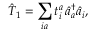
\hat { T } _ { 1 } = \sum _ { i a } t _ { i } ^ { a } \, \hat { a } _ { a } ^ { \dagger } \hat { a } _ { i } ,